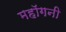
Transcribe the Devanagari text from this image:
महाॅगनी